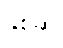
နှစ်ဆ